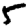
Digit: 5